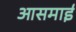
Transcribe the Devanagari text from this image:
आसमाई